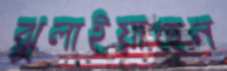
ঝুলাইয়াছেন